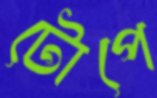
টোপে